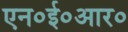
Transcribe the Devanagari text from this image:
एन०ई०आर०